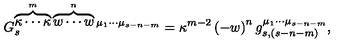
G _ { s } ^ { \overbrace { \kappa \cdots \kappa } ^ { m } \overbrace { w \cdots w } ^ { n } \mu _ { 1 } \cdots \mu _ { s - n - m } } = \kappa ^ { m - 2 } \left( - w \right) ^ { n } g _ { s , ( s - n - m ) } ^ { \mu _ { 1 } \cdots \mu _ { s - n - m } } ,